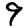
Digit: 9